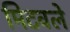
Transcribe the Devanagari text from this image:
मिटवले